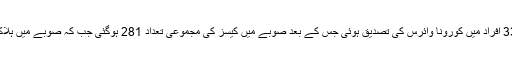
بلوچستان میں مزید 33 افراد میں کورونا وائرس کی تصدیق ہوئی جس کے بعد صوبے میں کیسز کی مجموعی تعداد 281 ہوگئی جب کہ صوبے میں ہلاکتوں کی تعداد 2 ہے۔